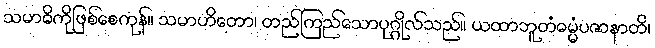
သမာဓိကိုဖြစ်စေကုန်။ သမာဟိတော၊ တည်ကြည်သောပုဂ္ဂိုလ်သည်။ ယထာဘူတံဓမ္မံပဇာနာတိ၊